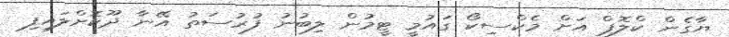
ޔާގެން ކްލޮޕް އަށް މެކްސިކޯ ގައުމީ ޓީމުން ލިބުނު ފުރުސަތު އޭނާ ދޫކޮށްލައިފި